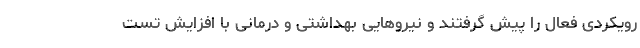
رویکردی فعال را پیش گرفتند و نیروهایی بهداشتی و درمانی با افزایش تست